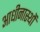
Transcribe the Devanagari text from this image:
आधीनास्थों